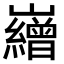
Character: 𡾽